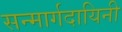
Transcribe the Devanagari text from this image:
सन्मार्गदायिनी